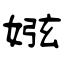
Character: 娹